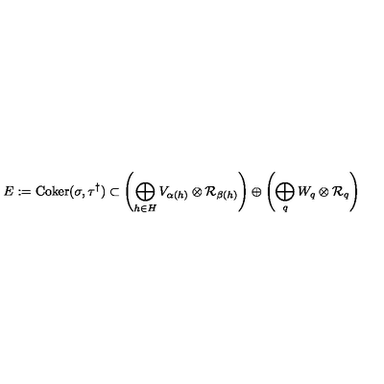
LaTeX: E : = \mathrm { C o k e r } ( \sigma , \tau ^ { \dagger } ) \subset \left( \bigoplus _ { h \in H } V _ { \alpha ( h ) } \otimes { \cal R } _ { \beta ( h ) } \right) \oplus \left( \bigoplus _ { q } W _ { q } \otimes { \cal R } _ { q } \right)